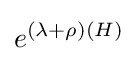
e^{(\lambda +\rho )(H)}